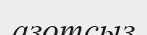
азотсыз